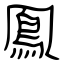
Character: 鳯